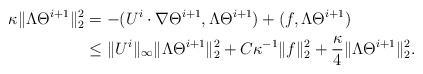
\begin{align*}\kappa\|\Lambda\Theta^{i+1}\|_2^2&=-(U^i\cdot\nabla\Theta^{i+1},\Lambda\Theta^{i+1})+(f,\Lambda\Theta^{i+1})\\&\leq \|U^i\|_\infty\|\Lambda\Theta^{i+1}\|_2^2+C\kappa^{-1}\|f\|_2^2+\frac{\kappa}{4}\|\Lambda\Theta^{i+1}\|_2^2.\end{align*}